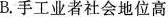
B. 手工业者社会地位高